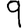
Digit: 9